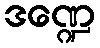
ဒဏ္ဍေ